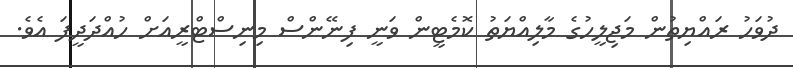
ދުވަހު ރައްޔިތުން މަޖިލީހުގެ މާލިއްޔަތު ކޮމެޓީން ވަނީ ފިނޭންސް މިނިސްޓްރީއަށް ހުއްދަދީފަ އެވެ.